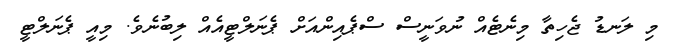
މި ލަނޑު ޖެހިތާ މިނެޓެއް ނުވަނީސް ސްޕެއިންއަށް ޕެނަލްޓީއެއް ލިބުނެވެ. މިއީ ޕެނަލްޓީ